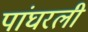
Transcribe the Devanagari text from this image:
पांघरली